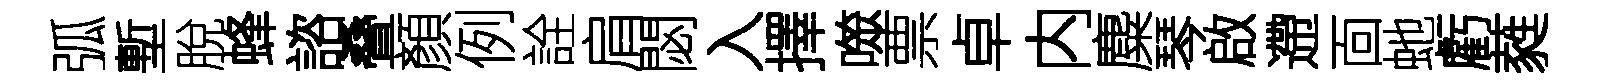
弧塹脫蜂諮叠顏例詮肩閟入擇噬票卓内麋琴啟遰靣虵虧蕤